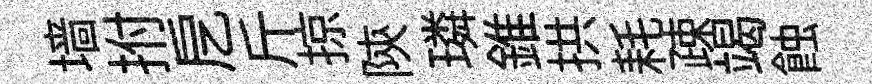
墙拊戹斤掠陝璘錐拱耗疎竭蝕